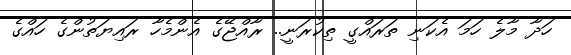
ހަދާ މާލެ ހަމަ އެކަނި ތަަރައްގީ ތިކުރަނީ.. ރާއްޖޭގެ އެންމެހާ ރައިޔަތުންގެ ހައްގެ